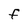
Character: f